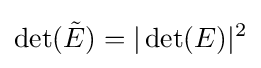
\det({\tilde {E}})=|\det(E)|^{2}